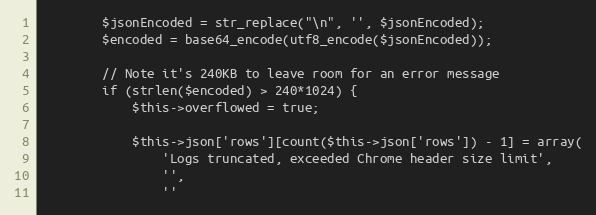
Language: PHP
        $jsonEncoded = str_replace("\n", '', $jsonEncoded);
        $encoded = base64_encode(utf8_encode($jsonEncoded));

        // Note it's 240KB to leave room for an error message
        if (strlen($encoded) > 240*1024) {
            $this->overflowed = true;

            $this->json['rows'][count($this->json['rows']) - 1] = array(
                'Logs truncated, exceeded Chrome header size limit',
                '',
                ''